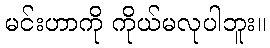
မင်းဟာကို ကိုယ်မလုပါဘူး။